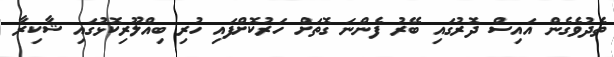
ތެދުވެގެން އައިސް ދޮރުގައި ބޭރު ފެންނަ ގޮތަށް ހަރުކޮށްފައި ހުރި ބިއްލޫރިކޮޅުގައި ޝާކިރާ